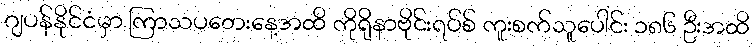
ဂျပန်နိုင်ငံမှာ ကြာသပတေးနေ့အထိ ကိုရိုနာဗိုင်းရပ်စ် ကူးစက်သူပေါင်း ၁၈၆ ဦးအထိ